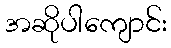
အဆိုပါကျောင်း